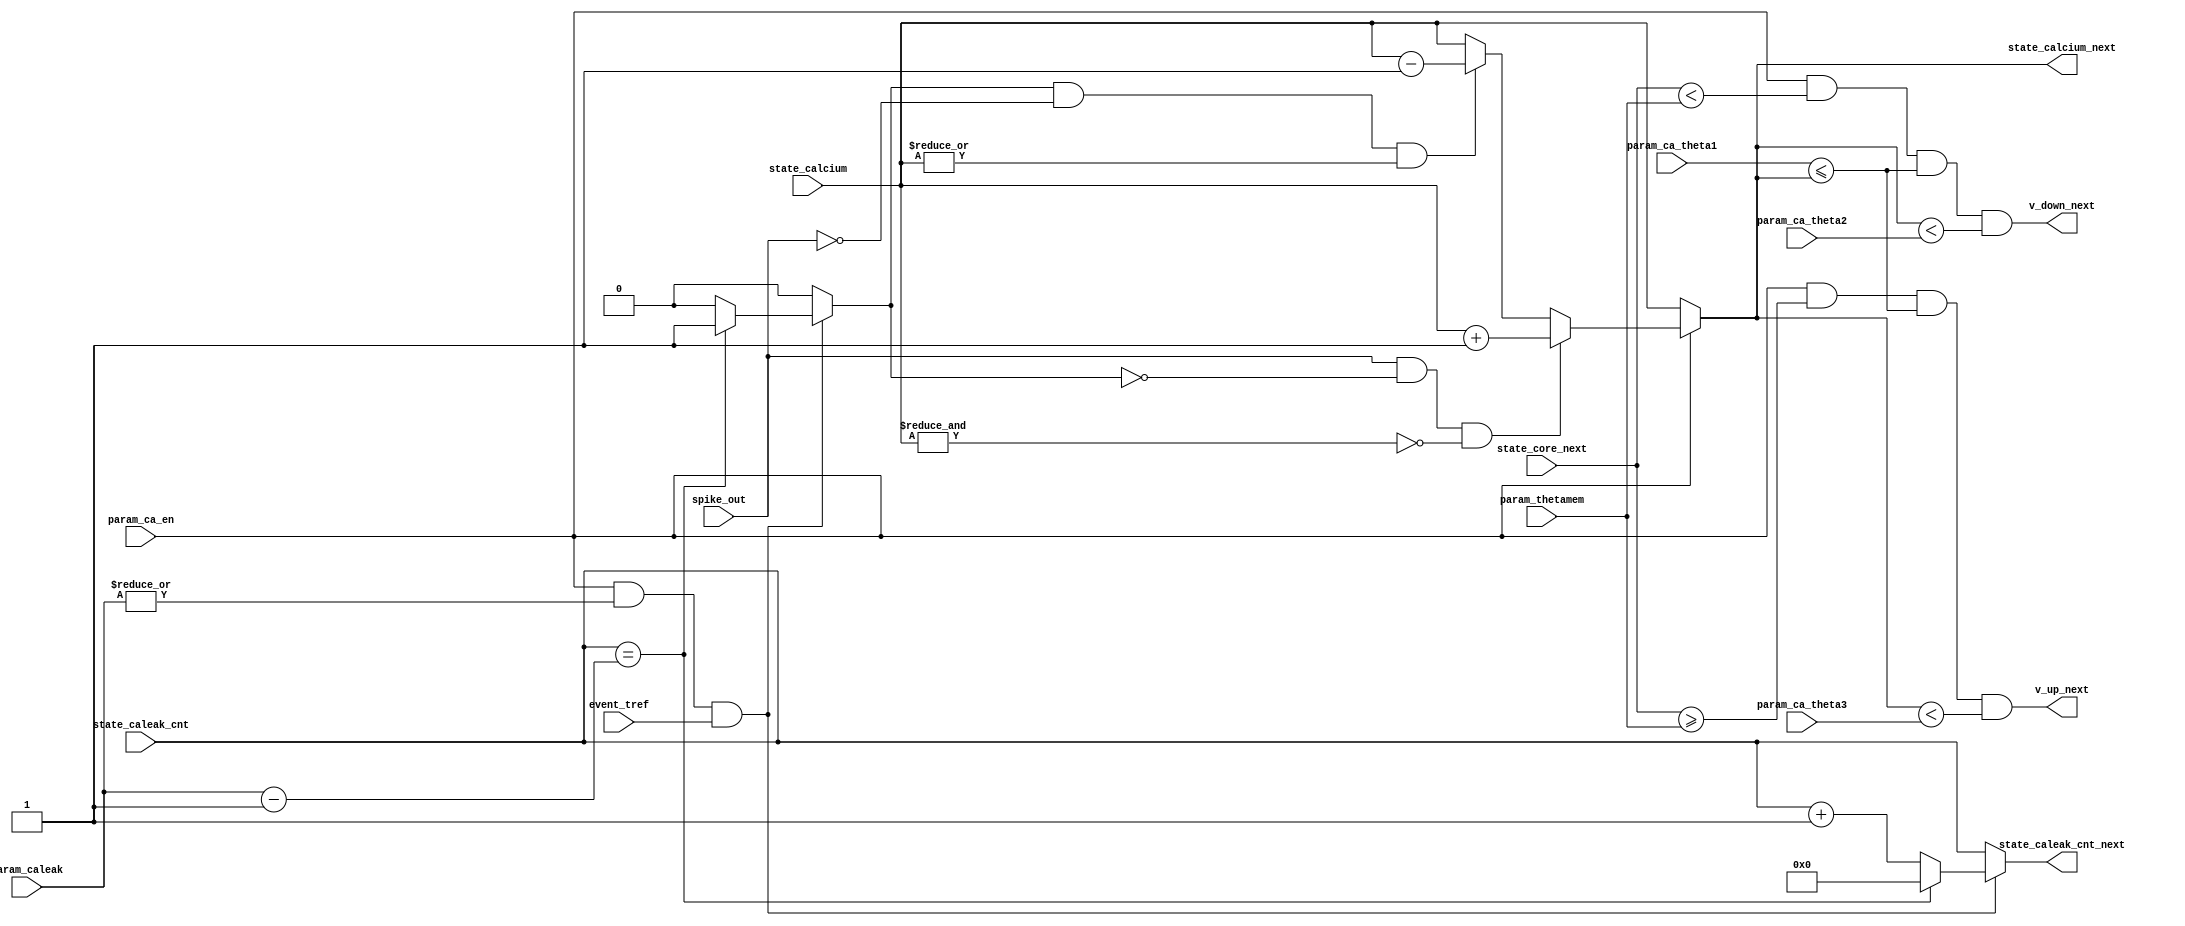
// Copyright (C) 2016-2019 Universit catholique de Louvain (UCLouvain), Belgium.
// Copyright and related rights are licensed under the Solderpad Hardware
// License, Version 2.0 (the "License"); you may not use this file except in
// compliance with the License.  You may obtain a copy of the License at
// http://solderpad.org/licenses/SHL-2.0/. The software, hardware and materials
// distributed under this License are provided in the hope that it will be useful
// on an as is basis, without warranties or conditions of any kind, either
// expressed or implied; without even the implied warranty of merchantability or
// fitness for a particular purpose. See the Solderpad Hardware License for more
// detailed permissions and limitations.
//------------------------------------------------------------------------------
//
// "lif_calcium.v" - ODIN leaky integrate-and-fire (LIF) neuron update logic (Calcium part)
// 
// Project: ODIN - An online-learning digital spiking neuromorphic processor
//
//
// Cite/paper: C. Frenkel, M. Lefebvre, J.-D. Legat and D. Bol, "A 0.086-mm 12.7-pJ/SOP 64k-Synapse 256-Neuron Online-Learning
//             Digital Spiking Neuromorphic Processor in 28-nm CMOS," IEEE Transactions on Biomedical Circuits and Systems,
//             vol. 13, no. 1, pp. 145-158, 2019.
//
//------------------------------------------------------------------------------


module lif_calcium ( 
    input  wire                 param_ca_en,             // calcium concentration enable parameter
    input  wire [          7:0] param_thetamem,          // membrane threshold parameter              [SDSP]
    input  wire [          2:0] param_ca_theta1,         // calcium threshold 1parameter              [SDSP]
    input  wire [          2:0] param_ca_theta2,         // calcium threshold 2 parameter             [SDSP]
    input  wire [          2:0] param_ca_theta3,         // calcium threshold 3 parameter             [SDSP]
    input  wire [          4:0] param_caleak,            // calcium leakage strength parameter        [SDSP]
    input  wire [          2:0] state_calcium,           // calcium concentration state from SRAM     [SDSP]
    input  wire [          4:0] state_caleak_cnt,        // calcium leakage state from SRAM           [SDSP]
    input  wire [          7:0] state_core_next,         // next membrane potential state to SRAM 
    input  wire                 spike_out,               // neuron spike event signal
    input  wire                 event_tref,              // time reference event signal
    output wire                 v_up_next,               // next SDSP UP condition value signal       [SDSP]
    output wire                 v_down_next,             // next SDSP DOWN condition value signal     [SDSP]
    output reg  [          2:0] state_calcium_next,      // next calcium concentration state to SRAM  [SDSP]
    output reg  [          4:0] state_caleak_cnt_next    // next calcium leakage state to SRAM        [SDSP]
);


    reg    ca_leak;

    assign v_up_next   = param_ca_en && (state_core_next >= param_thetamem) && (param_ca_theta1 <= state_calcium_next) && (state_calcium_next < param_ca_theta3);
    assign v_down_next = param_ca_en && (state_core_next <  param_thetamem) && (param_ca_theta1 <= state_calcium_next) && (state_calcium_next < param_ca_theta2);

    always @(*) begin 

        if (param_ca_en)
            if (spike_out && ~ca_leak && ~&state_calcium)
                state_calcium_next = state_calcium + 3'b1;
            else if (ca_leak && ~spike_out && |state_calcium)
                state_calcium_next = state_calcium - 3'b1;
            else
                state_calcium_next = state_calcium;
        else
            state_calcium_next = state_calcium;
    end

    always @(*) begin 

        if (param_ca_en && |param_caleak && event_tref)
            if (state_caleak_cnt == (param_caleak - 5'b1)) begin
                state_caleak_cnt_next = 5'b0;
                ca_leak               = 1'b1;
            end else begin
                state_caleak_cnt_next = state_caleak_cnt + 5'b1;
                ca_leak               = 1'b0;
            end
        else begin
            state_caleak_cnt_next = state_caleak_cnt;
            ca_leak               = 1'b0;
        end
    end

endmodule